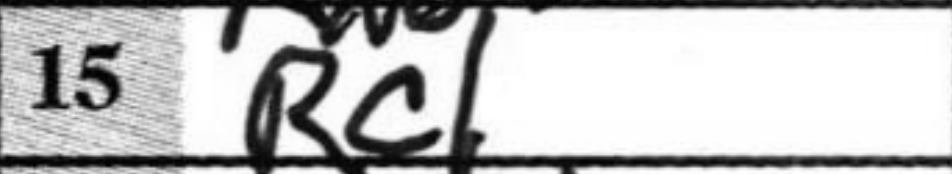
Transcription: Rc1